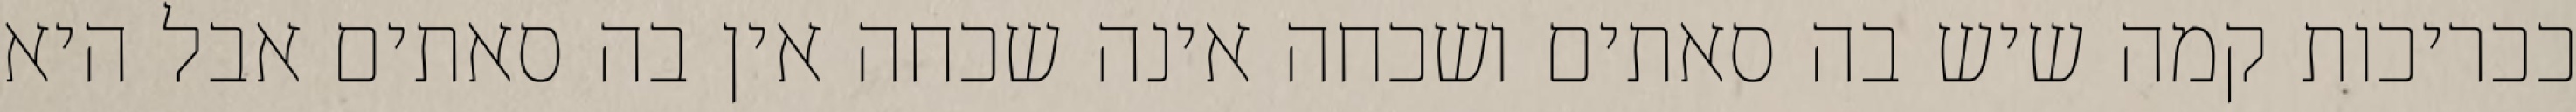
ככריכות קמה שיש בה סאתים ושכחה אינה שכחה אין בה סאתים אבל היא